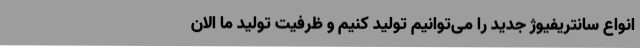
انواع سانتریفیوژ جدید را می‌توانیم تولید کنیم و ظرفیت تولید ما الان